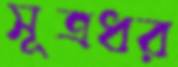
সূত্রধর